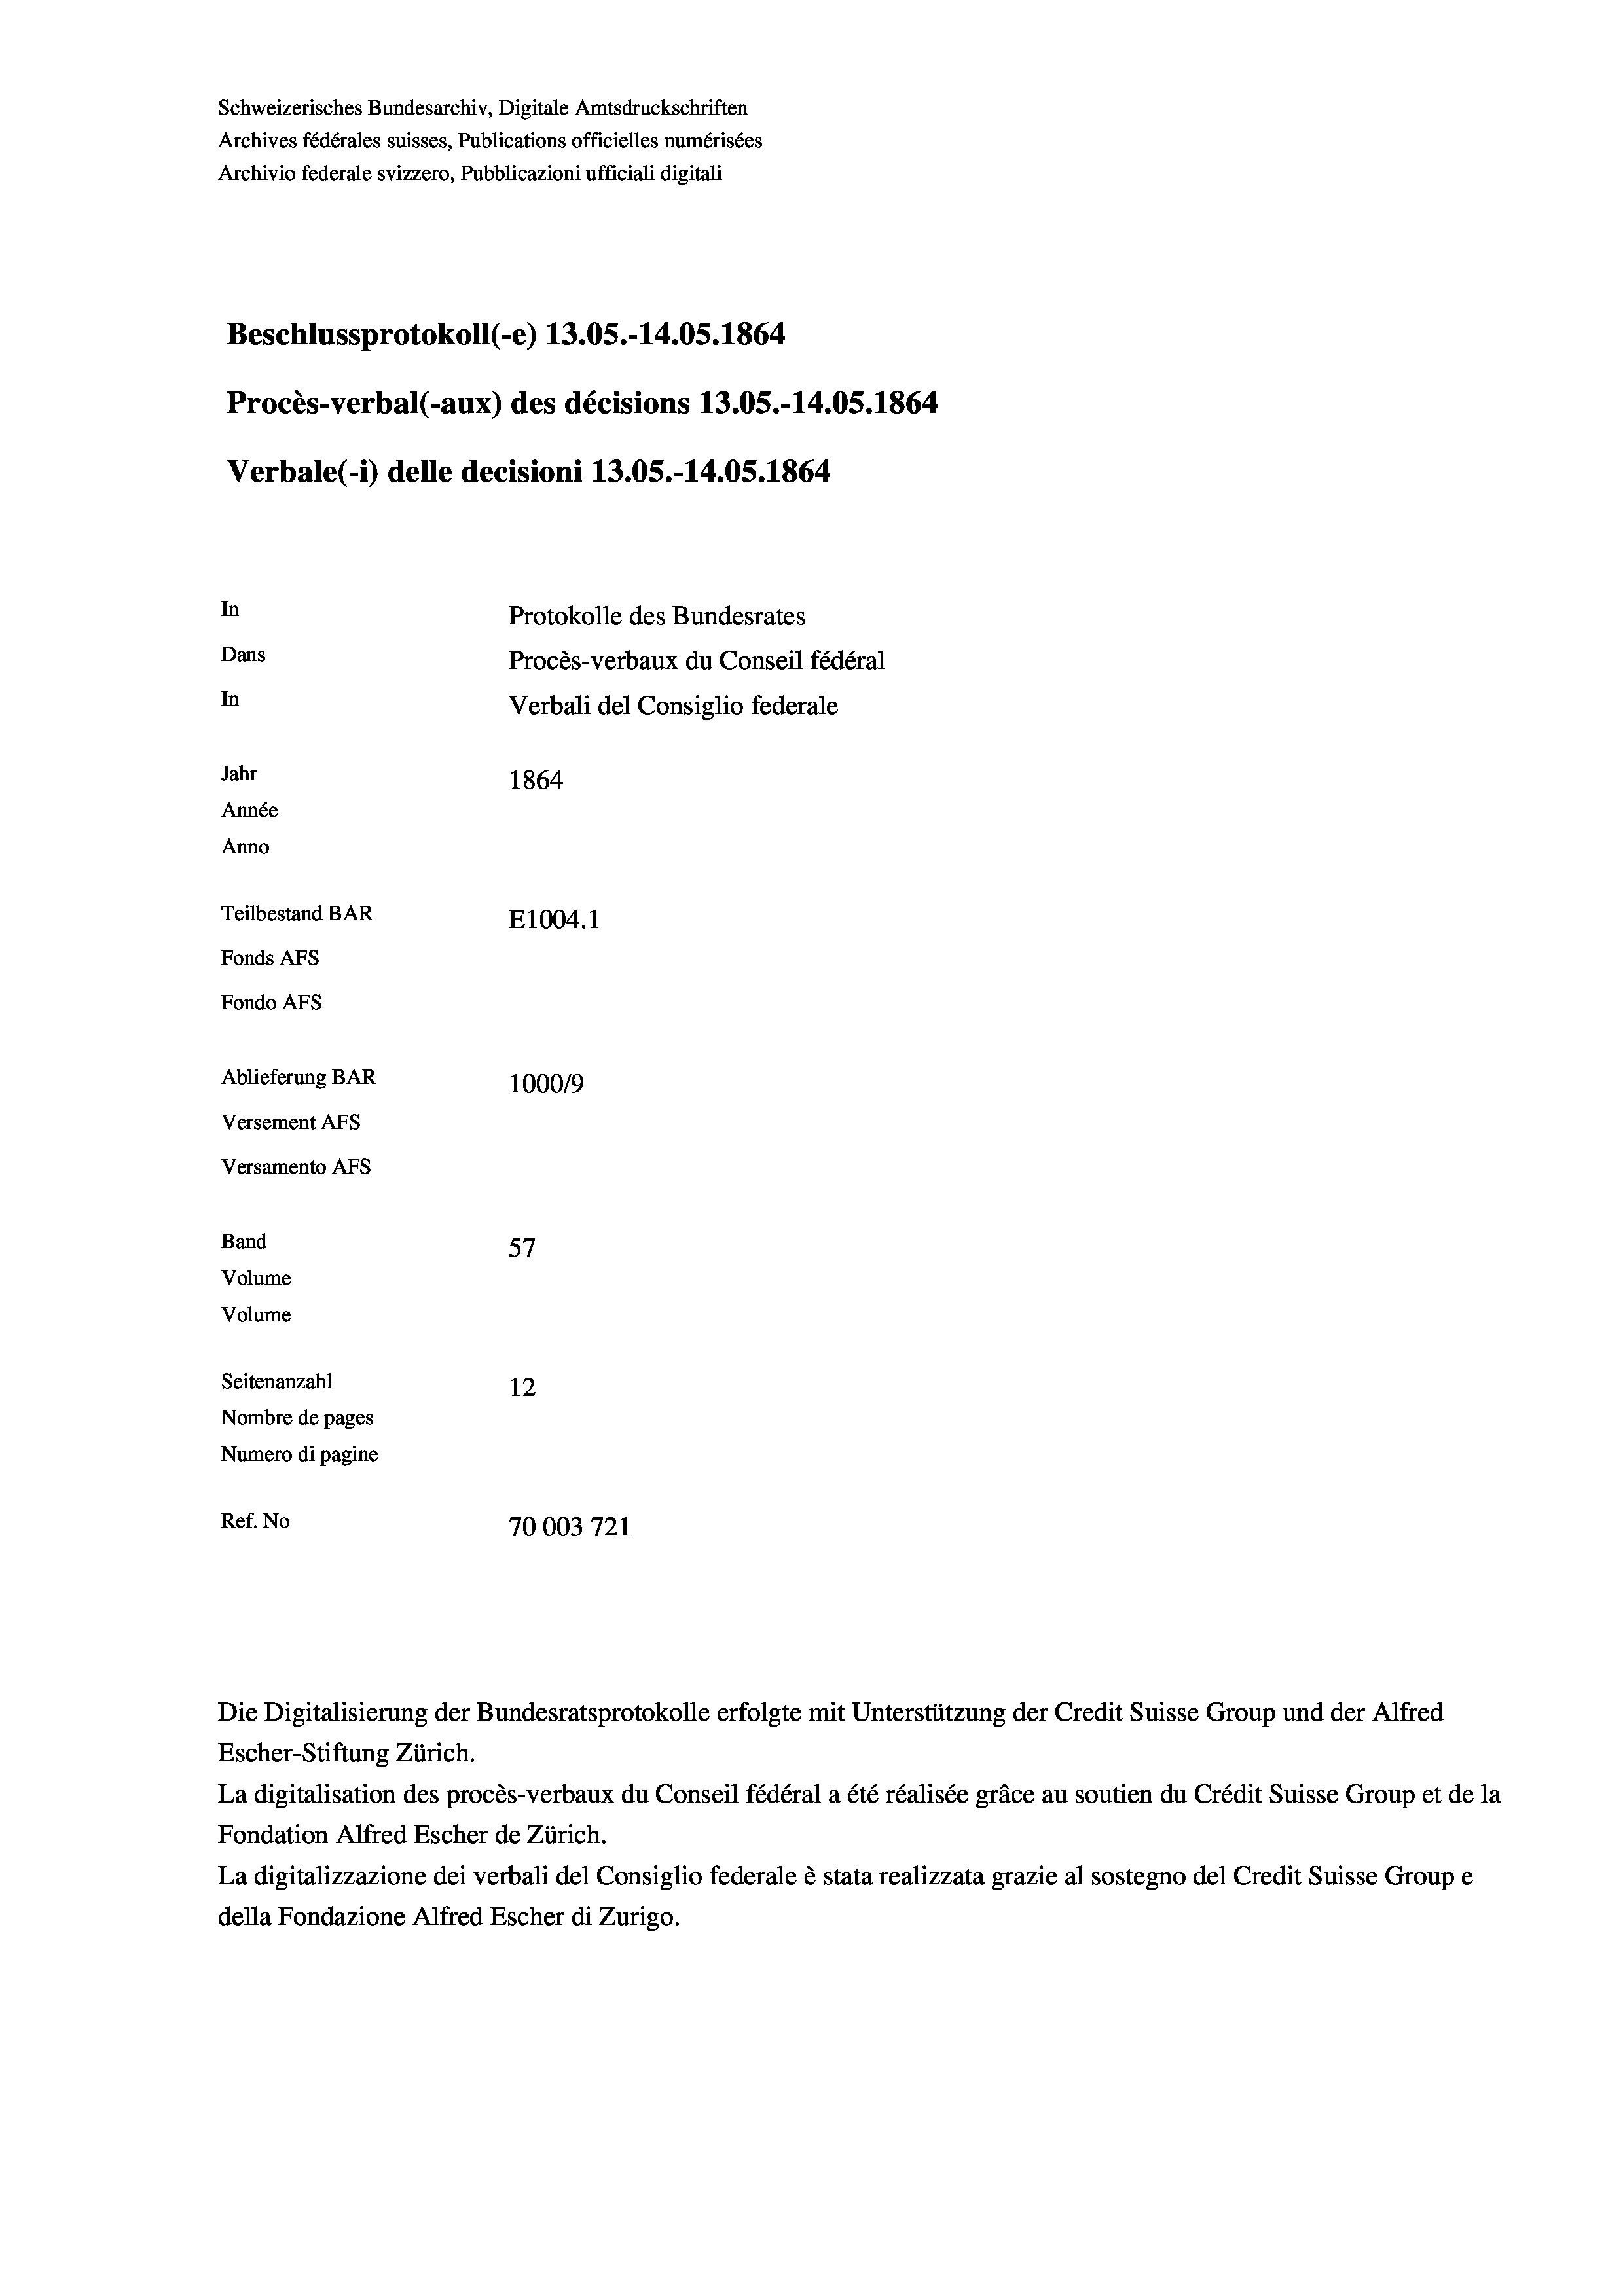
Schweizerisches Bundesarchiv, Digitale Amtsdruckschriften
Archives fédérales suisses, Publications officielles numérisées
Archivio federale svizzero, Pubblicazioni ufficiali digitali
Beschlussprotokoll (-e) 13.05.-14.05. 1864
Procès-verbal (-aux) des décisions 13.05.-14.05. 1864
Verbale(-*) delle decisioni 13.05.-14.05. 1864
In
Protokolle des Bundesrates
Dans
Procès-verbaux du Conseil fédéral
In
Verbali del Consiglio federale
Jahr
1864
Année
Anno
Teilbestand BAR
E1004. 1
Fonds AFs
Fondo Afs
Ablieferung BAR
100019
Versement AFs
Versamento Afs
e
Band
57
Volume
Volume
Seitenanzahl
12
Nombre de pages
Numero di pagine
Ref. No
70003 721

Escher-Stiftung Zürich.

La digitalisation des procès-verbaux du Conseil fédéral a été réalisée gräce au soutien du Crédit Suisse Group et de la
Fondation Alfred Escher de Zürich.
La digitalizzazione dei verbali del Consiglio federale è stata realizzata grazie al sostegno del Credit Suisse Groupe
della Fondazione Alfred Escher di Zurigo.

Die Digitalisierung der Bundesratsprotokolle erfolgte mit Unterstützung der Credit Suisse Group und der Alfred